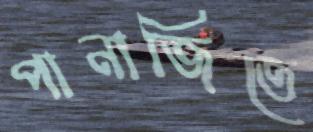
পানাজিতে